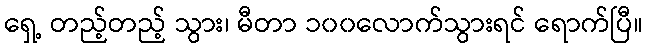
ရှေ့ တည့်တည့် သွား၊ မီတာ ၁၀၀လောက်သွားရင် ရောက်ပြီ။